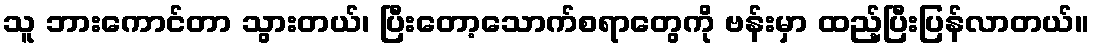
သူ ဘားကောင်တာ သွားတယ်၊ ပြီးတော့သောက်စရာတွေကို ဗန်းမှာ ထည့်ပြီးပြန်လာတယ်။